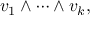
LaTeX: v _ { 1 } \wedge \cdots \wedge v _ { k } ,